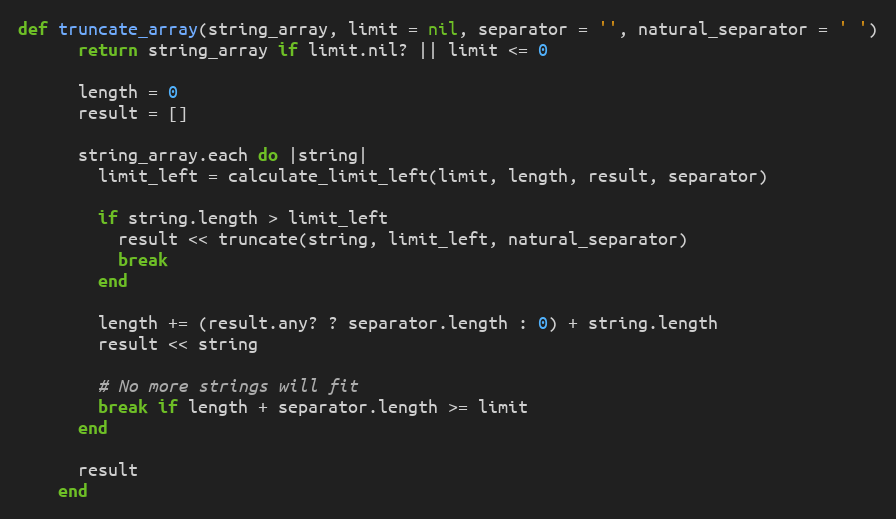
Language: Ruby
def truncate_array(string_array, limit = nil, separator = '', natural_separator = ' ')
      return string_array if limit.nil? || limit <= 0

      length = 0
      result = []

      string_array.each do |string|
        limit_left = calculate_limit_left(limit, length, result, separator)

        if string.length > limit_left
          result << truncate(string, limit_left, natural_separator)
          break
        end

        length += (result.any? ? separator.length : 0) + string.length
        result << string

        # No more strings will fit
        break if length + separator.length >= limit
      end

      result
    end